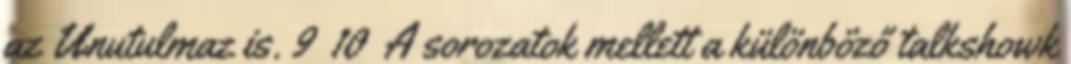
az Unutulmaz is. 9 10 A sorozatok mellett a különböző talkshowk